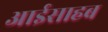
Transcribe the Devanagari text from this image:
आईसाहब